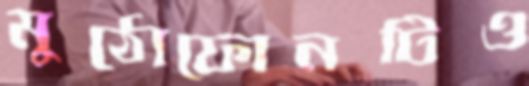
মুঠোফোনটিও